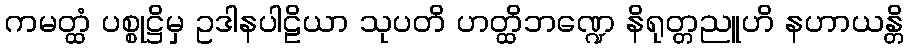
ကမတ္ထံ ပစ္စုဋ္ဌိမှ ဥဒါနပါဠိယာ သုပတိ ဟတ္ထိဘဏ္ဍေ နိရုတ္တညူဟိ နဟာယန္တိ